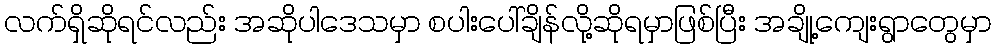
လက်ရှိဆိုရင်လည်း အဆိုပါဒေသမှာ စပါးပေါ်ချိန်လို့ဆိုရမှာဖြစ်ပြီး အချို့ကျေးရွာတွေမှာ